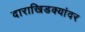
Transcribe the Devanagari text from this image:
दाराखिडक्यांवर